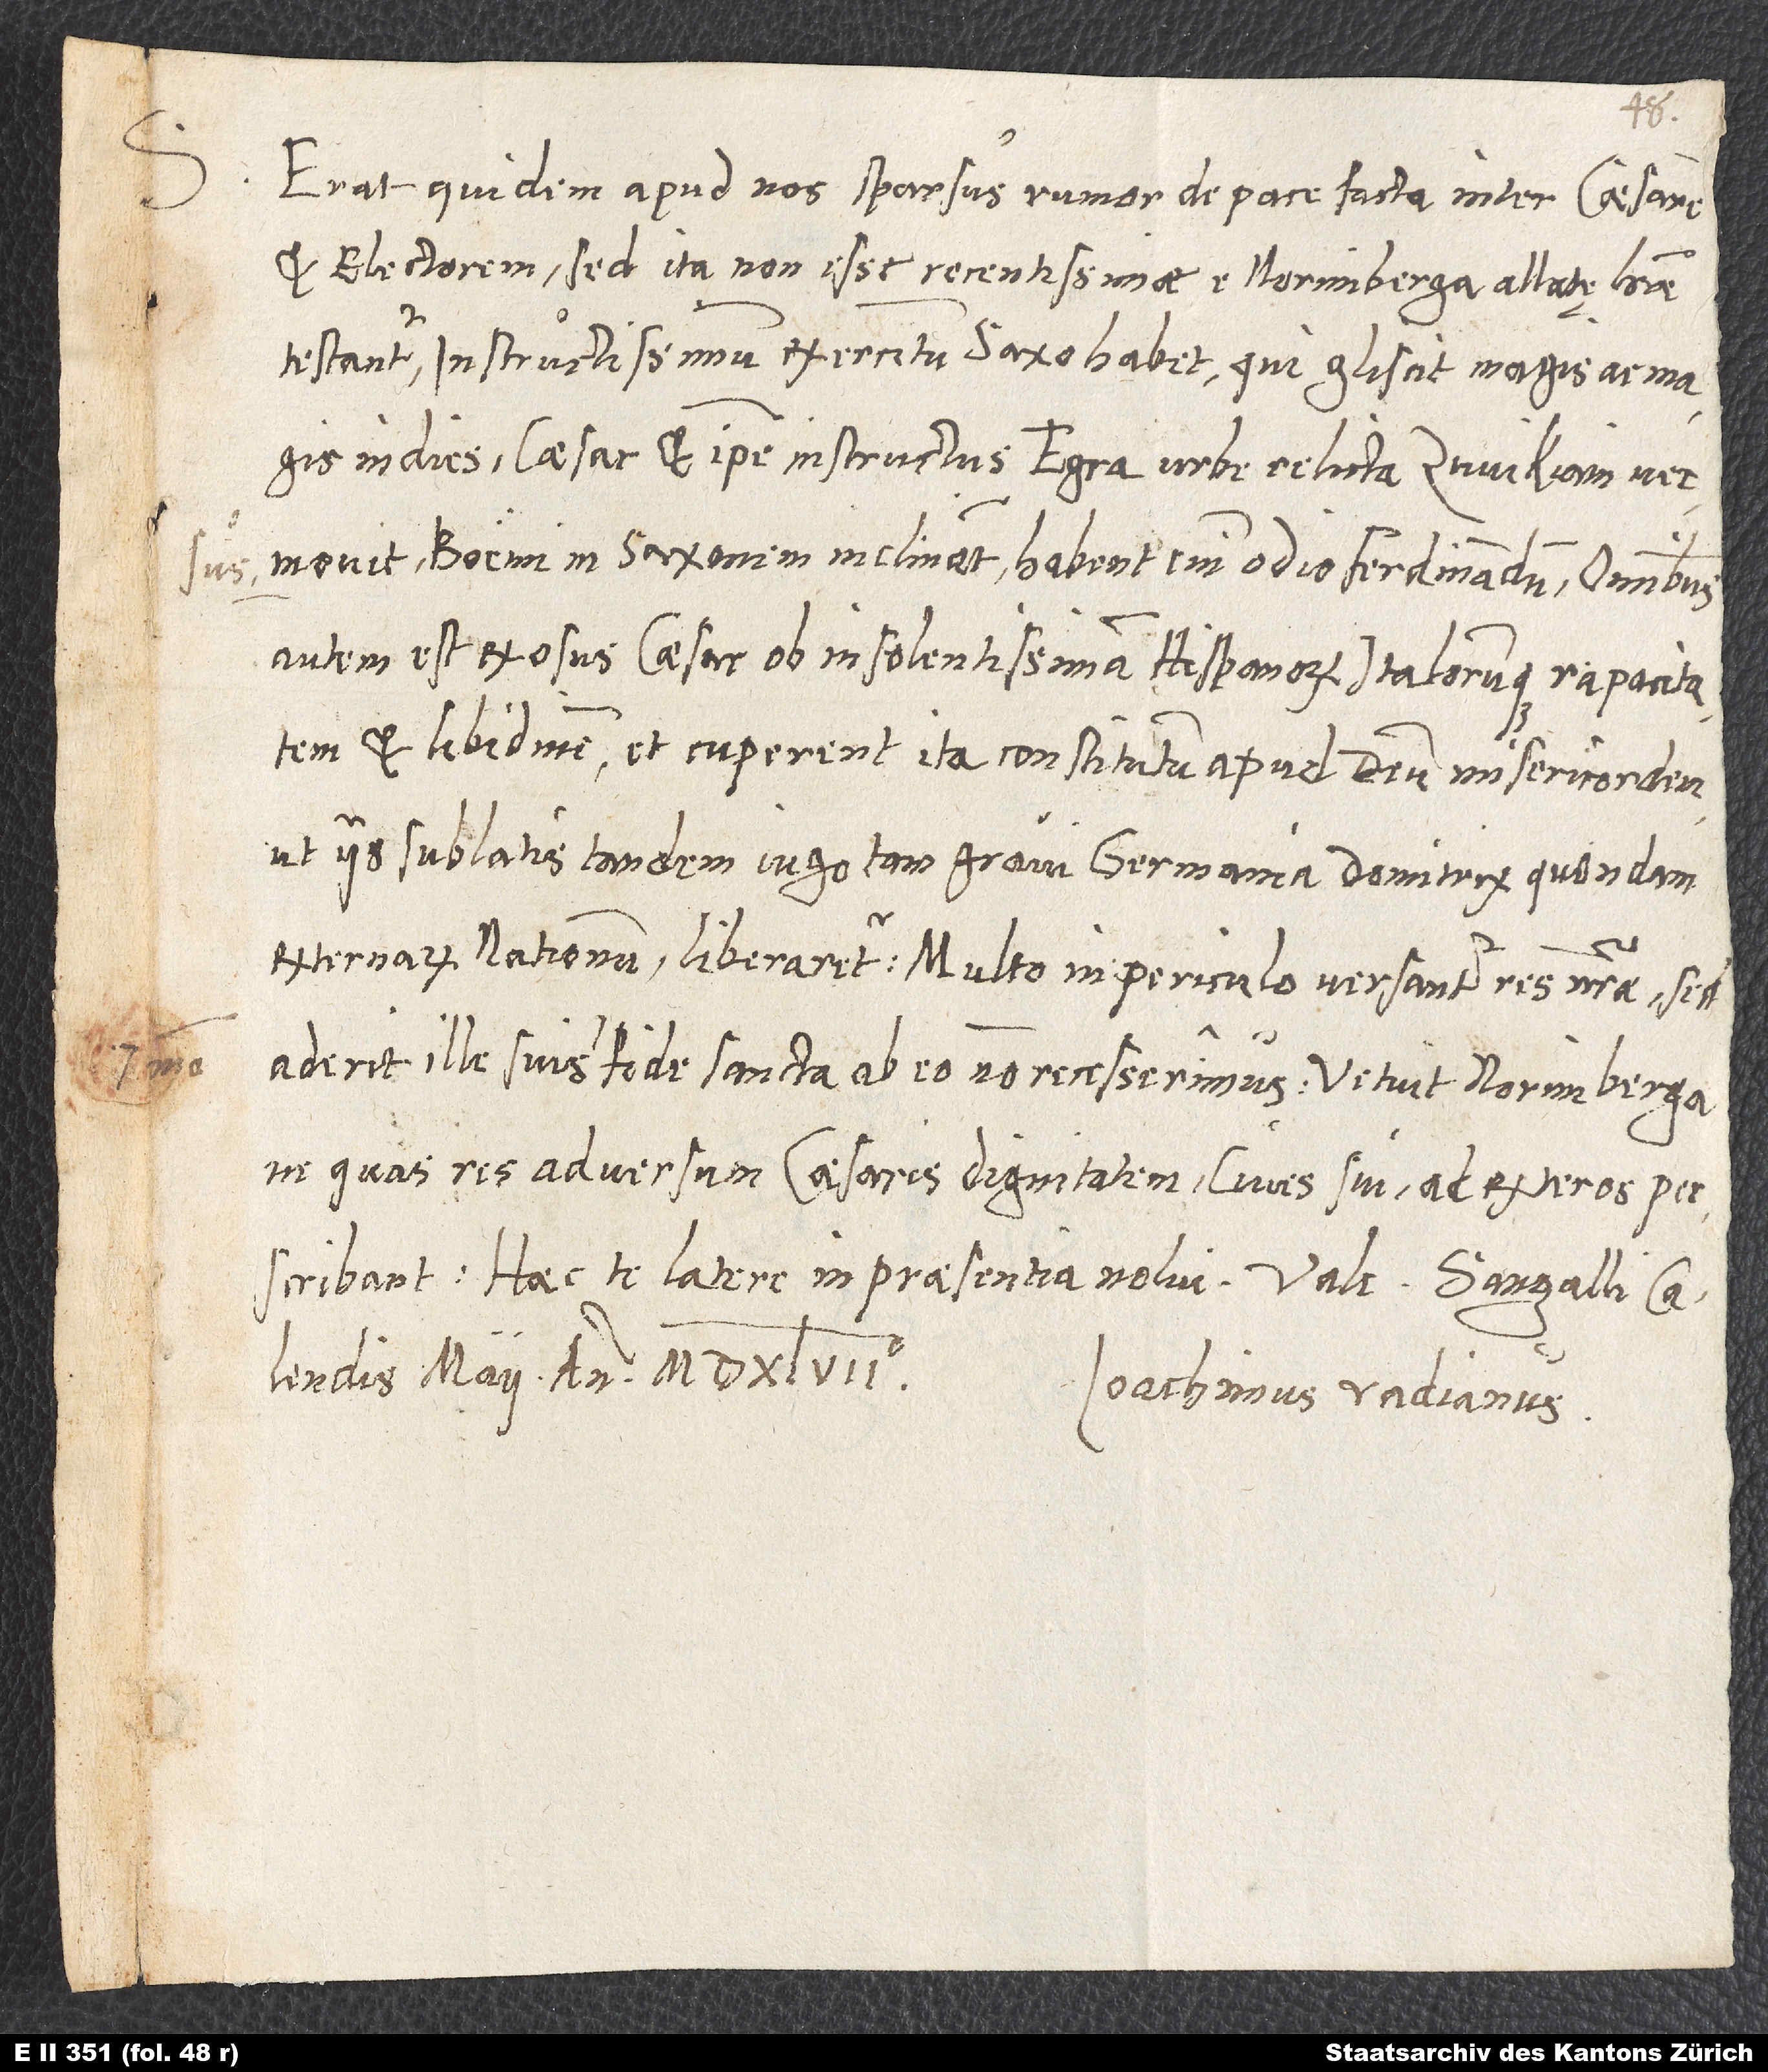
S.
Erat quidem apud nos sparsus rumor de pace facta inter Caesarem
et electorem; sed ita non esse recentissimae e Norimberga allatę literae
testantur Instructissimum exercitum Saxo habet, qui gliscit magis ac magis
in dies. Caesar et ipse instructus Egra urbe relicta Zwikiam versus
movit. Boëmi in Saxonem inclinant; habent enim odio Ferdinandum. Omnibus
autem est exosus Caesar ob insolentissimam Hisanorum Italorumque rapacitatem
et libidinem, et cuperent ita constitutum apud Deum misericordem,
ut iis sublatis tandem iugo tam gravi Germania, domitrix quondam
externarum nationum, liberaretur. Multo in periculo versantur res nostrae; sed
aderit ille suis, modo fide sancta ab eo non recesserimus. Vetuit Norimberga,
ne quas res adversum Caesaris dignitatem cives sui ad exteros
perscribant. Haec te latere in praesentia nolui. Vale. Sangalli,
Ioachimus Vadianus.